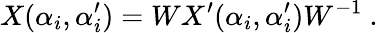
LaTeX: X(\alpha_{i},\alpha_{i}^{\prime})=WX^{\prime}(\alpha_{i},\alpha_{i}^{\prime})W^{-1}~.